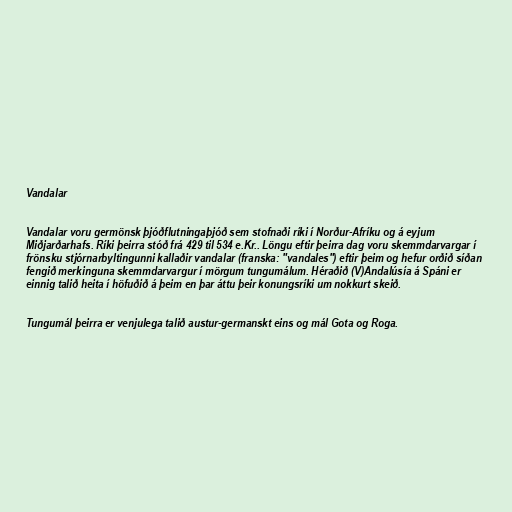
Vandalar

Vandalar voru germönsk þjóðflutningaþjóð sem stofnaði ríki í Norður-Afríku og á eyjum
Miðjarðarhafs. Ríki þeirra stóð frá 429 til 534 e.Kr.. Löngu eftir þeirra dag voru skemmdarvargar í
frönsku stjórnarbyltingunni kallaðir vandalar (franska: "vandales") eftir þeim og hefur orðið síðan
fengið merkinguna skemmdarvargur í mörgum tungumálum. Héraðið (V)Andalúsía á Spáni er
einnig talið heita í höfuðið á þeim en þar áttu þeir konungsríki um nokkurt skeið.

Tungumál þeirra er venjulega talið austur-germanskt eins og mál Gota og Roga.